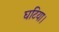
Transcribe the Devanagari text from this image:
घटिया।